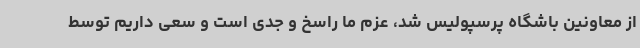
از معاونین باشگاه پرسپولیس شد، عزم ما راسخ و جدی است و سعی داریم توسط